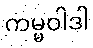
ကမ္မဝါဒါ